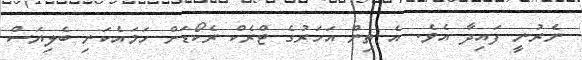
ނެރުނީ ފައިދާ އެވެ. އެ ތިން އަހަރުގެ ޓްރެކް ރެކޯޑަށް ހަމައެކަނި ބެލިޔަސް